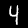
Label: 4